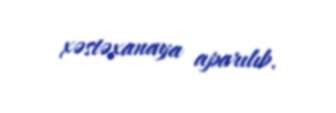
xəstəxanaya aparılıb.